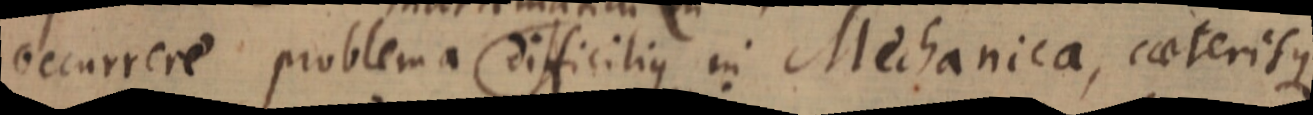
occurrere problema difficilius in Mechanica, caeterisque